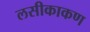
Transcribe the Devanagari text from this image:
लसीकाकण